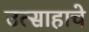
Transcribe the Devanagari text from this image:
उत्‍साहाचे